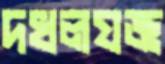
দখলযজ্ঞ